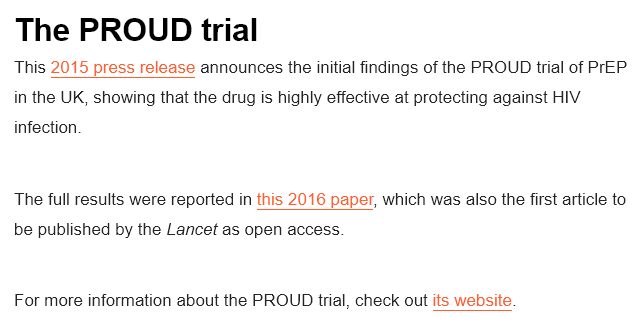
The    PROUD    trial
  This 2015 press release announces the initial findings of the PROUD trial of PrEP.
  in the UK, showing that the drug is highly effective at protecting against HIV
  infection
  The full results were reported in this 2016 paper, which was also the first article to
  be published by the Lancet as open access
  For more information about the PROUD trial, check out its website.